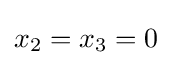
x_{2}=x_{3}=0